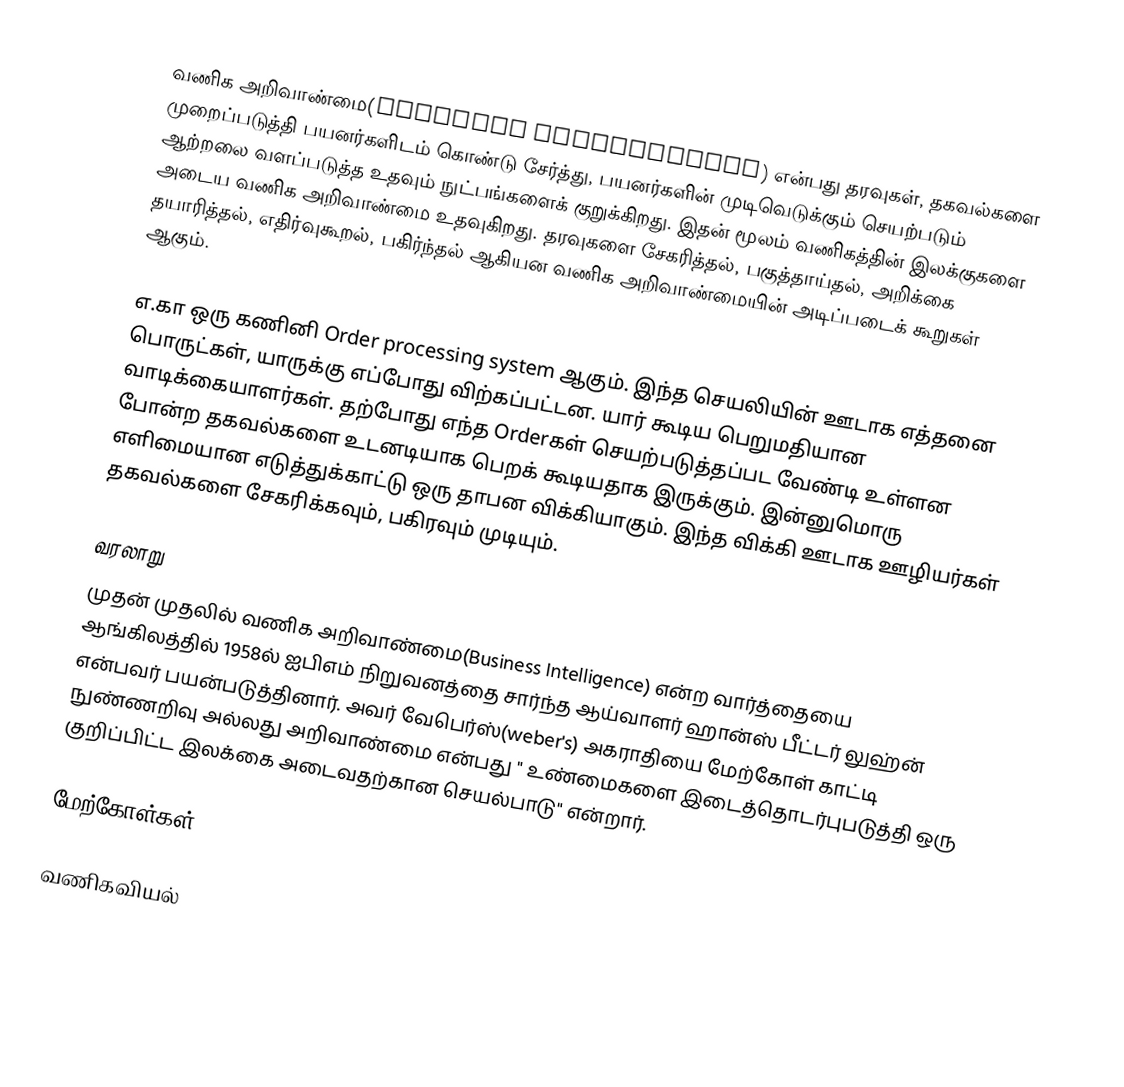
வணிக அறிவாண்மை(Business Intelligence) என்பது தரவுகள், தகவல்களை முறைப்படுத்தி பயனர்களிடம் கொண்டு சேர்த்து, பயனர்களின் முடிவெடுக்கும் செயற்படும் ஆற்றலை வளப்படுத்த உதவும் நுட்பங்களைக் குறுக்கிறது. இதன் மூலம் வணிகத்தின் இலக்குகளை அடைய வணிக அறிவாண்மை உதவுகிறது. தரவுகளை சேகரித்தல், பகுத்தாய்தல், அறிக்கை தயாரித்தல், எதிர்வுகூறல், பகிர்ந்தல் ஆகியன வணிக அறிவாண்மையின் அடிப்படைக் கூறுகள் ஆகும்.

எ.கா ஒரு கணினி Order processing system ஆகும். இந்த செயலியின் ஊடாக எத்தனை பொருட்கள், யாருக்கு எப்போது விற்கப்பட்டன. யார் கூடிய பெறுமதியான வாடிக்கையாளர்கள். தற்போது எந்த Orderகள் செயற்படுத்தப்பட வேண்டி உள்ளன போன்ற தகவல்களை உடனடியாக பெறக் கூடியதாக இருக்கும். இன்னுமொரு எளிமையான எடுத்துக்காட்டு ஒரு தாபன விக்கியாகும். இந்த விக்கி ஊடாக ஊழியர்கள் தகவல்களை சேகரிக்கவும், பகிரவும் முடியும்.

வரலாறு
முதன் முதலில் வணிக அறிவாண்மை(Business Intelligence) என்ற வார்த்தையை ஆங்கிலத்தில் 1958ல் ஐபிஎம் நிறுவனத்தை சார்ந்த ஆய்வாளர் ஹான்ஸ் பீட்டர் லுஹ்ன் என்பவர் பயன்படுத்தினார்.  அவர் வேபெர்ஸ்(weber's) அகராதியை மேற்கோள் காட்டி நுண்ணறிவு அல்லது அறிவாண்மை என்பது " உண்மைகளை இடைத்தொடர்புபடுத்தி ஒரு குறிப்பிட்ட இலக்கை அடைவதற்கான செயல்பாடு" என்றார்.

மேற்கோள்கள்

வணிகவியல்